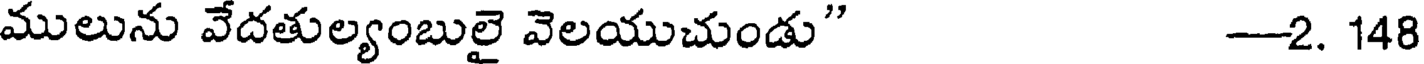
ములును వేదతుల్యంబులై వెలయుచుండు" -2. 148